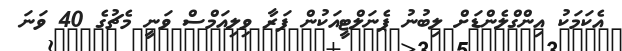
އެކަމަކު އިންގްލެންޑަށް ލިބުނު ޕެނަލްޓީއަކުން ފަރާ ވިލިއަމްސް ވަނީ މެޗުގެ 40 ވަނަ